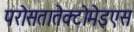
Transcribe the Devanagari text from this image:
परोसतातेक्टोमेइएस